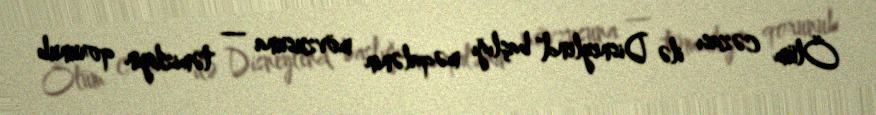
Ölüm cəzası ilə Disneylend" başlığı məqalənin mövzusuna — təmizliyin qorunub